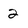
Character: 2